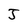
Character: J